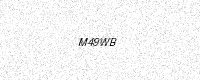
Text: M49WB